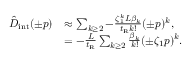
\begin{array} { r l } { \hat { D } _ { \mathrm { i n t } } ( \pm p ) } & { \approx \sum _ { k \geq 2 } - \frac { \zeta _ { 1 } ^ { k } L \beta _ { k } } { t _ { \mathrm { R } } k ! } ( \pm p ) ^ { k } , } \\ & { = - \frac { L } { t _ { \mathrm { R } } } \sum _ { k \geq 2 } \frac { \beta _ { k } } { k ! } ( \pm \zeta _ { 1 } p ) ^ { k } . } \end{array}